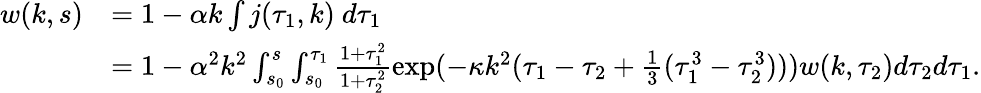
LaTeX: \begin{array}{rl}{w(k,s)}&{=1-\alpha k\int j(\tau_{1},k)\ d\tau_{1}}\\ &{=1-\alpha^{2}k^{2}\int_{s_{0}}^{s}\int_{s_{0}}^{\tau_{1}}\frac{1+\tau_{1}^{2}}{1+\tau_{2}^{2}}\exp(-\kappa k^{2}(\tau_{1}-\tau_{2}+\frac 13(\tau_{1}^{3}-\tau_{2}^{3})))w(k,\tau_{2})d\tau_{2}d\tau_{1}.}\end{array}